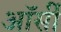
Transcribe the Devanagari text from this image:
ऑर्सी